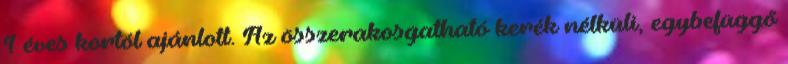
1 éves kortól ajánlott. Az összerakosgatható kerék nélküli, egybefüggő